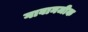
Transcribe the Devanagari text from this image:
गावानजीक